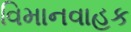
વિમાનવાહક